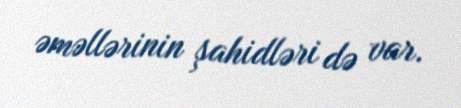
əməllərinin şahidləri də var.